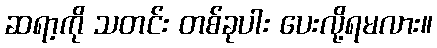
ဆရာ့ကို သတင်း တစ်ခုပါး ပေးလို့ရမလား။